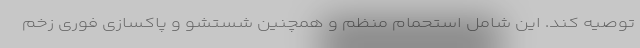
توصیه کند. این شامل استحمام منظم و همچنین شستشو و پاکسازی فوری زخم